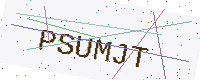
Text: PSUMJT